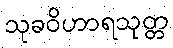
သုခဝိဟာရသုတ္တ